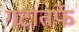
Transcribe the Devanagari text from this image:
गटांतर्फे